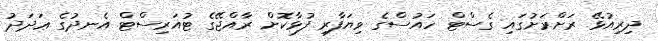
ދިރިއުޅޭ ރަށްރަށުގައި ގެސްޓް ހައުސްގެ ވިޔަފާރި ފުޅާކޮށް ރާއްޖޭގެ ޓުއަރިސްޓް އެނދުގެ ޢަދަދު